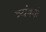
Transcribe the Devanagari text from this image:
त्र्यंबकं